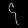
Digit: ၄